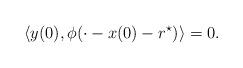
LaTeX: \begin{align*}\langle y(0),\phi(\cdot-x(0)-r^\star)\rangle=0.\end{align*}